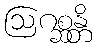
ဩဂစ္ဆန္တိ